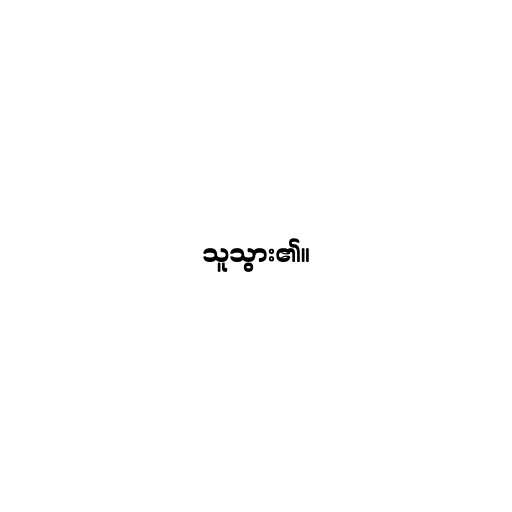
သူသွား၏။